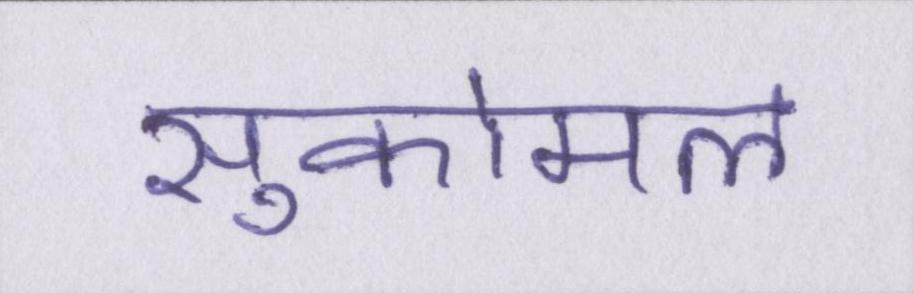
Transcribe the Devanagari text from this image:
सुकोमल